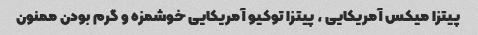
پیتزا میکس آمریکایی ، پیتزا توکیو آمریکایی خوشمزه و گرم بودن ممنون